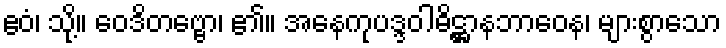
ဧဝံ၊ သို့။ ဝေဒိတဗ္ဗော၊ ၏။ အနေကုပဒ္ဒဝါဓိဋ္ဌာနဘာဝေန၊ များစွာသော